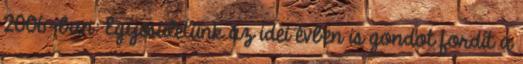
2006-ban: Egyesületünk az idei évben is gondot fordít a